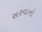
સરવાનો